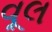
વૂલ